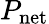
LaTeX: P_{\mathrm{net}}